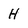
Character: H